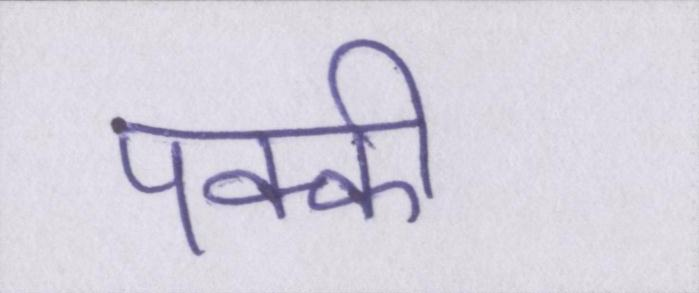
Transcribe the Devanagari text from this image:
पक्की